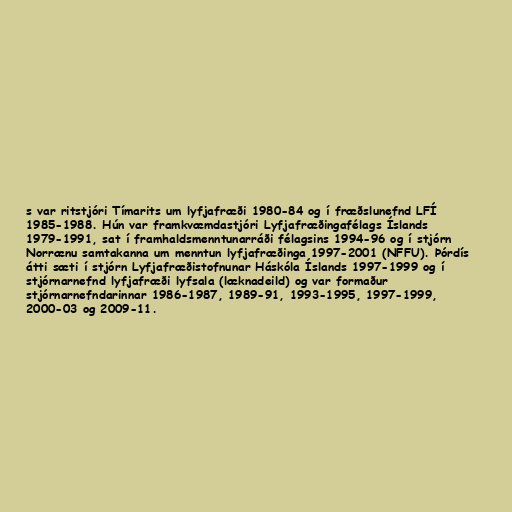
s var ritstjóri Tímarits um lyfjafræði 1980-84 og í fræðslunefnd LFÍ
1985-1988. Hún var framkvæmdastjóri Lyfjafræðingafélags Íslands
1979-1991, sat í framhaldsmenntunarráði félagsins 1994-96 og í stjórn
Norrænu samtakanna um menntun lyfjafræðinga 1997-2001 (NFFU). Þórdís
átti sæti í stjórn Lyfjafræðistofnunar Háskóla Íslands 1997-1999 og í
stjórnarnefnd lyfjafræði lyfsala (læknadeild) og var formaður
stjórnarnefndarinnar 1986-1987, 1989-91, 1993-1995, 1997-1999,
2000-03 og 2009-11.